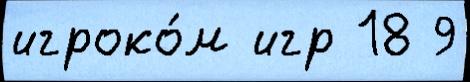
игроко́м игр 18 9